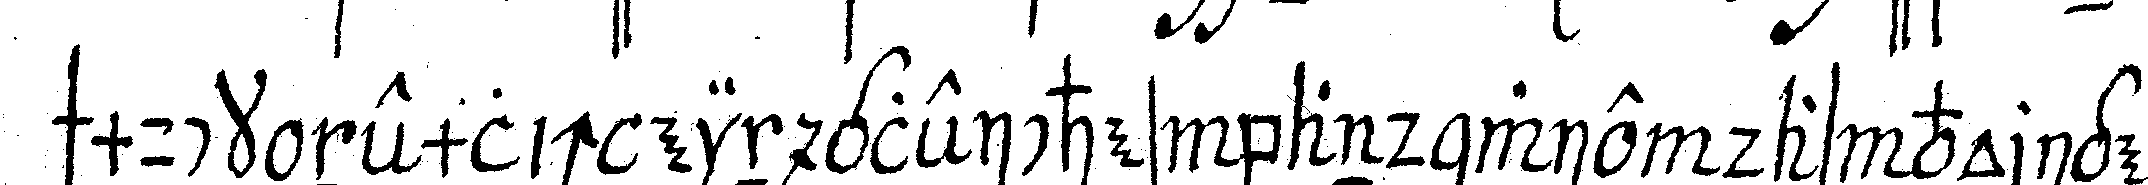
schmuck nemlich ein gleiches band wie das vorige